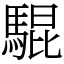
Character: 騉